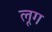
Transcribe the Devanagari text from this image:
लूग